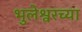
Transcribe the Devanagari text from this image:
भुलेश्वरच्या